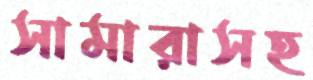
সামারাসহ